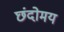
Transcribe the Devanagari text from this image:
छंदोमय